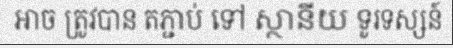
អាច ត្រូវបាន តភ្ជាប់ ទៅ ស្ថានីយ ទូរទស្សន៍